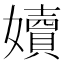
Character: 嬻